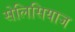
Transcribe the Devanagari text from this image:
सेलिसियाज